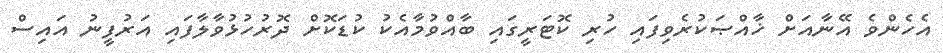
އެހެންވެ އޭނާއަށް ޚާއްޞަކުރެވިފައި ހުރި ކޮޓަރީގައި ބާއްވުމާއެކު ކުޑަކޮށް ދޮރުހުޅުވާލާފައި އަރުފީނު އައިސް